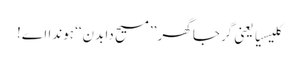
کلیسیا یعنی گرجا گھر ’’مسیح دا بدن‘‘ ہوندا اے!